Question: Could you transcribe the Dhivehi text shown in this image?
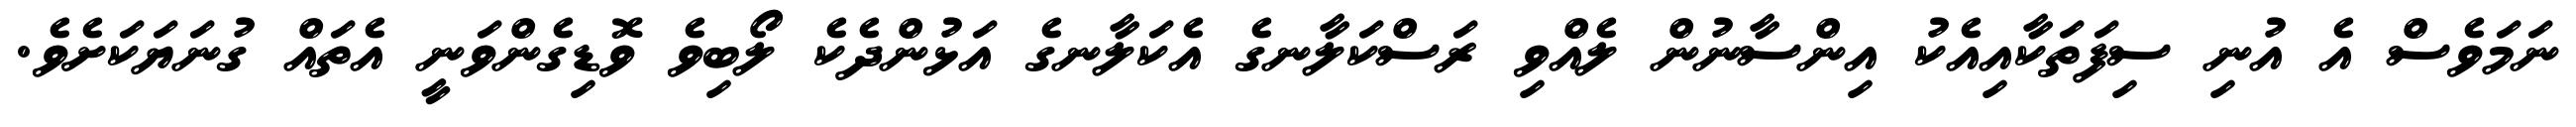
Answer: ނަމަވެސް އެ އުނި ސިފަތަކާއިއެކު އިންސާނުން ލެއްވި ރަސްކަލާނގެ އެކަލާނގެ އަޅުންދެކެ ލޯބިވެ ވޮޑިގެންވަނީ އެތައް ގުނަޔަކަށެވެ.